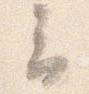
云